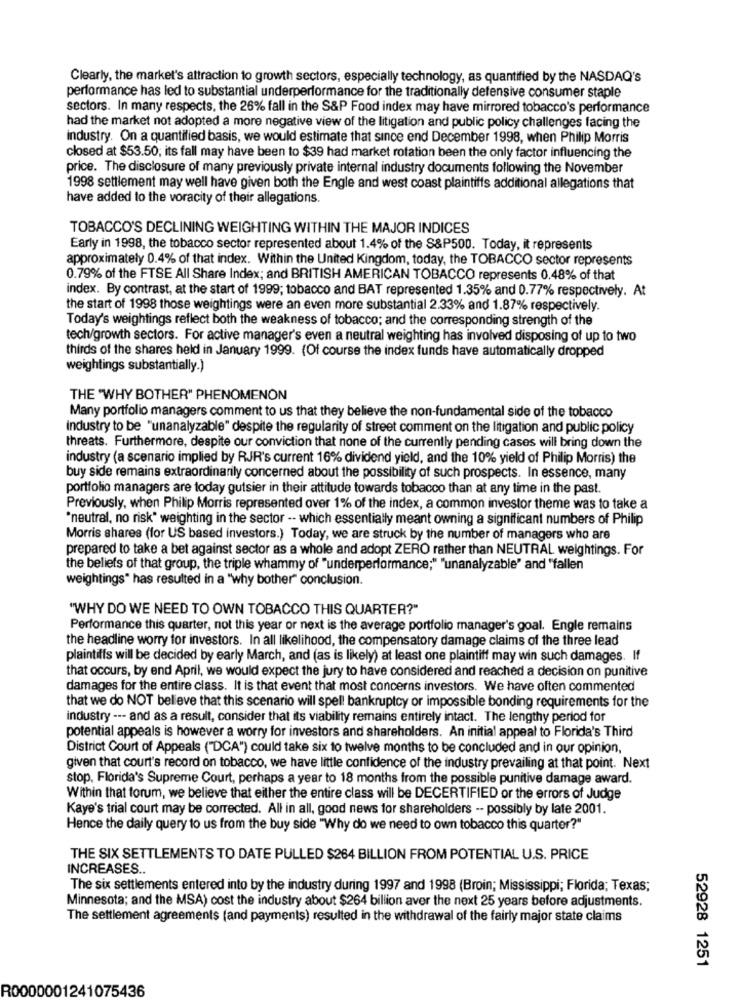
Clearly, the market's attraction to growth sectors, especially technology, as quantified by the NASDAQ's
performance has led to substantial underperformance for the traditionally defensive consumer staple
sectors. In many respects, the 26% fall in the S&P Food index may have mirrored tobacco's performance
had the market not adopted a more negative view of the litigation and public policy challenges facing the
industry. On a quantified basis, we would estimate that since end December 1998, when Philip Morris
closed at $53.50; its fall may have been to $39 had market rotation been the only factor influencing the
price. The disclosure of many previously private internal industry documents following the November
1998 settlement may well have given both the Engle and west coast plaintiffs additional allegations that
have added to the voracity of their allegations.
TOBACCO'S DECLINING WEIGHTING WITHIN THE MAJOR INDICES
Early in 1998, the tobacco sector represented about 1.4% of the S&P500. Today, it represents
approximately 0.4% of that index. Within the United Kingdom, today, the TOBACCO sector represents
0.79% of the FTSE All Share Index; and BRITISH AMERICAN TOBACCO represents 0.48% of that
index. By contrast, at the start of 1999; tobacco and BAT represented 1.35% and 0.77% respectively. At
the start of 1998 those weightings were an even more substantial 2.33% and 1.87% respectively.
Today's weightings reflect both the weakness of tobacco; and the corresponding strength of the
tech/growth sectors. For active manager's even a neutral weighting has involved disposing of up to two
thirds of the shares held in January 1999. (Of course the index funds have automatically dropped
weightings substantially.)
THE 'WHY BOTHER" PHENOMENON
Many portfolio managers comment to us that they believe the non-fundamental side of the tobacco
Industry to be "unanalyzable" despite the regularity of street comment on the litigation and public policy
threats. Furthermore, despite our conviction that none of the currently pending cases will bring down the
industry (a scenario implied by RJR's current 16% dividend yield, and the 10% yield of Philip Morris) the
buy side remains extraordinarily concerned about the possibility of such prospects. In essence, many
portfolio managers are today gutsier in their attitude towards tobacco than at any time in the past.
Previously, when Philip Morris represented over 1% of the index, a common investor theme was to take a
"neutral, no risk" weighting in the sector -- which essentially meant owning a significant numbers of Philip
Morris shares (for US based investors.) Today, we are struck by the number of managers who are
prepared to take a bet against sector as a whole and adopt ZERO rather than NEUTRAL weightings. For
the beliefs of that group, the triple whammy of "underperformance;" "unanalyzable" and "fallen
weightings" has resulted in a "why bother" conclusion.
"WHY DO WE NEED TO OWN TOBACCO THIS QUARTER?"
Performance this quarter, not this year or next is the average portfolio manager's goal. Engle remains
the headline worry for investors. In all likelihood, the compensatory damage claims of the three lead
plaintiffs will be decided by early March, and (as is likely) at least one plaintiff may win such damages. If
that occurs, by end April, we would expect the jury to have considered and reached a decision on punitive
damages for the entire class. It is that event that most concerns investors. We have often commented
that we do NOT believe that this scenario will spell bankruptcy or impossible bonding requirements for the
industry --- and as a result, consider that its viability remains entirely intact. The lengthy period for
potential appeals is however a worry for investors and shareholders. An initial appeal to Florida's Third
District Court of Appeals ("DCA") could take six to twelve months to be concluded and in our opinion,
given that court's record on tobacco, we have little confidence of the industry prevailing at that point. Next
stop, Florida's Supreme Court, perhaps a year to 18 months from the possible punitive damage award.
Within that forum, we believe that either the entire class will be DECERTIFIED or the errors of Judge
Kaye's trial court may be corrected. All in all, good news for shareholders -- possibly by late 2001.
Hence the daily query to us from the buy side "Why do we need to own tobacco this quarter?"
THE SIX SETTLEMENTS TO DATE PULLED $264 BILLION FROM POTENTIAL U.S. PRICE
INCREASES ..
The six settlements entered into by the industry during 1997 and 1998 (Broin; Mississippi; Florida; Texas;
Minnesota; and the MSA) cost the industry about $264 billion aver the next 25 years before adjustments.
The settlement agreements (and payments) resulted in the withdrawal of the fairly major state claims
52928 1251
R0000001241075436